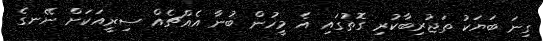
ގިނަ ބަޔަކު ތަޖުރިބާކުރި ގޮތުގައި އެ މީހުން ބުނާ އެއްޗެއް ސިރީއަކަށް ނޭނގެ